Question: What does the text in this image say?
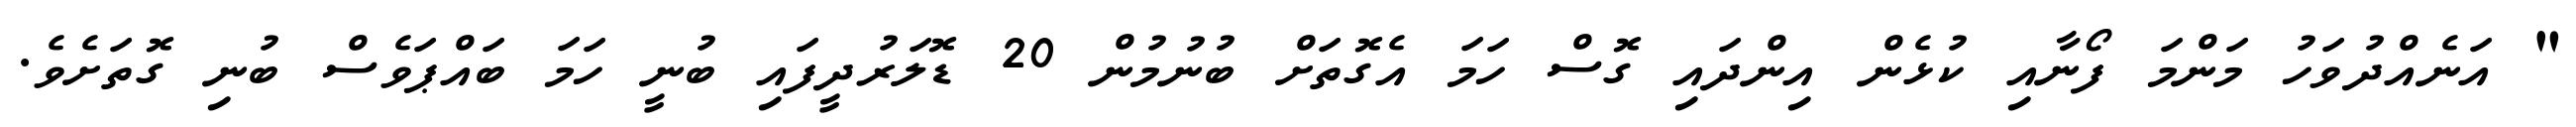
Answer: " އަނެއްދުވަހު މަންމަ ފޯނާއި ކުޅެން އިންދައި ގޮސް ހަމަ އެގޮތަށް ބުނުމުން 20 ޑޮލަރުދީފައި ބުނީ ހަމަ ބައްޕަވެސް ބުނި ގޮތަށެވެ.